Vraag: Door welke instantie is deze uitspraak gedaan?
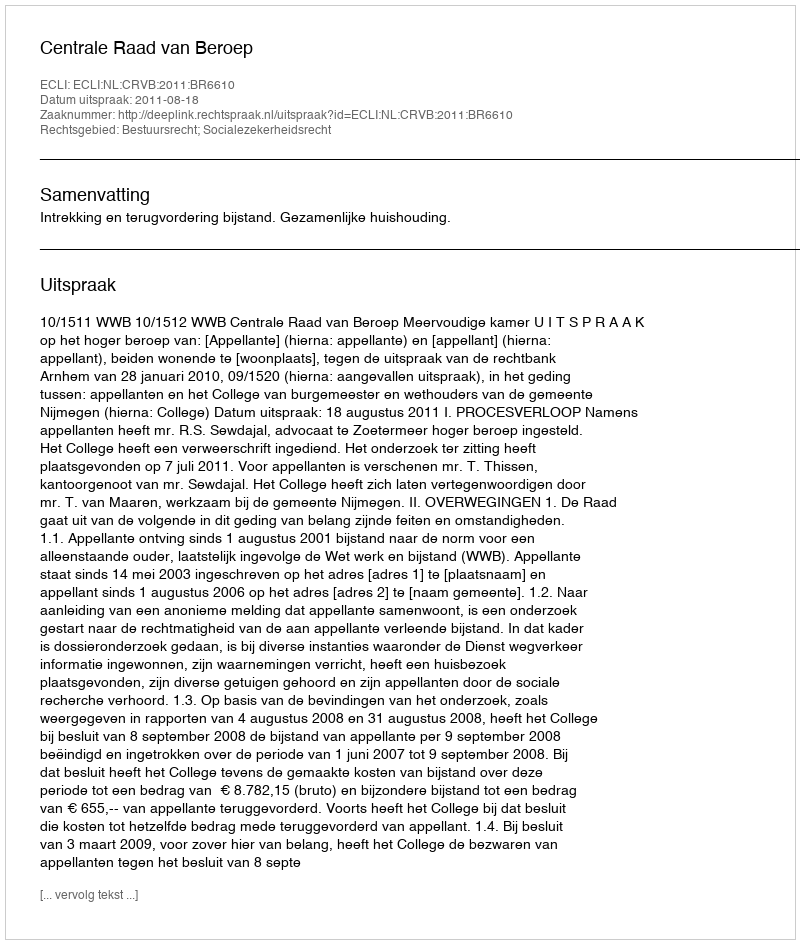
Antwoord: Centrale Raad van Beroep